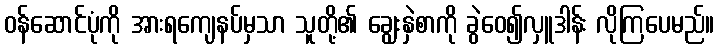
ဝန်ဆောင်ပုံကို အားရကျေနပ်မှသာ သူတို့၏ ချွေးနှဲစာကို ခွဲဝေ၍လှူဒါန်း လိုကြပေမည်။